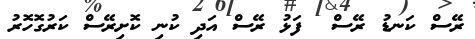
ރޭސް ކަނޑު ރޭސް  ފަޅު ރޭސް އަދި ކުނި ކޮށިރޭސް ކަރުގޮހޮރު